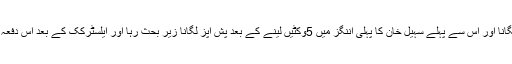
اظہر علی کی پہلی اننگز میں سنچری کے بعد پُش اَپز لگانا اور اس سے پہلے سہیل خان کا پہلی اننگز میں 5وکٹیں لینے کے بعد پُش اَپز لگانا زیرِ بحث رہا اور ایلسٹرکک کے بعد اس دفعہ اینڈریسن نے بھی اس رویئے پر تحفظات کا اظہار کیا۔